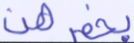
بخمرهن